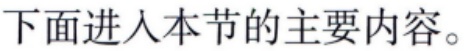
下面进入本节的主要内容。